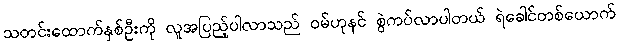
သတင်းထောက်နှစ်ဦးကို လူအပြည့်ပါလာသည် ဝမ်ဟုနင် စွဲကပ်လာပါတယ် ရဲခေါင်တစ်ယောက်